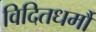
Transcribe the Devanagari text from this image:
विदितधर्मौ